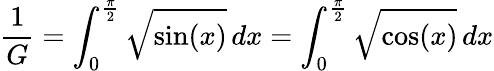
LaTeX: {\frac{1}{G}}=\int_{0}^{\frac{\pi}{2}}{\sqrt{\sin(x)}}\, dx=\int_{0}^{\frac{\pi}{2}}{\sqrt{\cos(x)}}\, dx